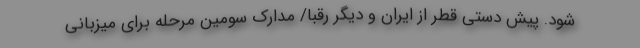
شود. پیش دستی قطر از ایران و دیگر رقبا/ مدارک سومین مرحله برای میزبانی